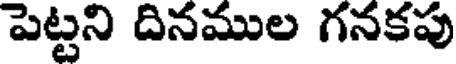
పెట్టని దినముల గనకపు